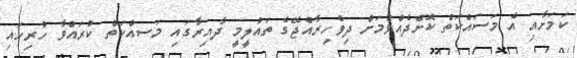
ކަމަށާއި އެ މަސައްކަތް ކޮށްދެއްވުމަށް ދިވެހިރާއްޖޭގެ ތައުލީމީ ދާއިރާގައި މަސއްކަތް ކުރައްވާ ހުރިހައި